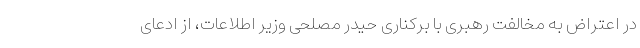
در اعتراض به مخالفت رهبری با برکناری حیدر مصلحی وزیر اطلاعات، از ادعای